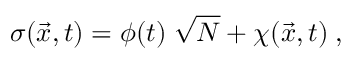
\sigma ( \vec { x } , t ) = \phi ( t ) \; \sqrt { N } + \chi ( \vec { x } , t ) \; ,